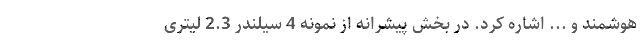
هوشمند و ... اشاره کرد. در بخش پیشرانه از نمونه 4 سیلندر 2.3 لیتری